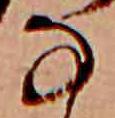
な